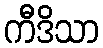
ကီဒိသာ